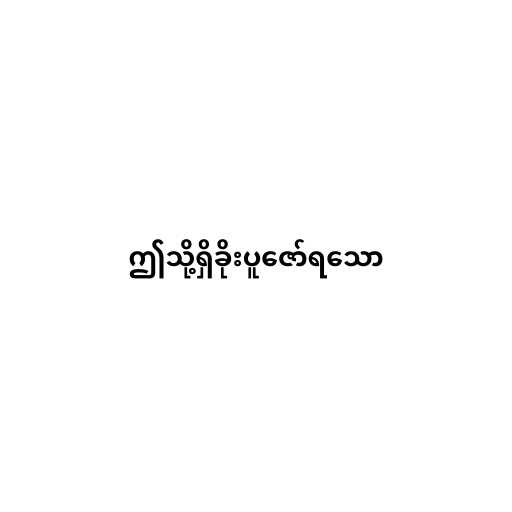
ဤသို့ရှိခိုးပူဇော်ရသော